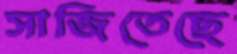
সাজিতেছে